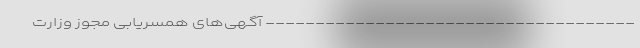
------------------------------------- آگهی‌های همسریابی مجوز وزارت